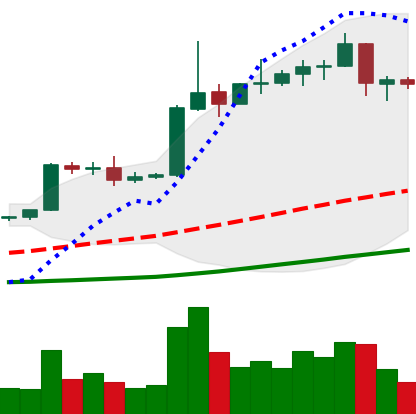
Ticker: EOS-USD
Chart end date: 2019-04-13
Forward return: 3.012%
Label: up_3_5